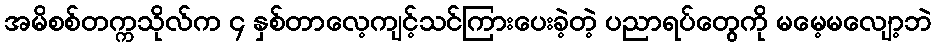
အမိစစ်တက္ကသိုလ်က ၄ နှစ်တာလေ့ကျင့်သင်ကြားပေးခဲ့တဲ့ ပညာရပ်တွေကို မမေ့မလျော့ဘဲ